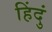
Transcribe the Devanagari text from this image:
हिंदुं